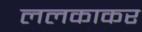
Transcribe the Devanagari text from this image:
ललकाकर